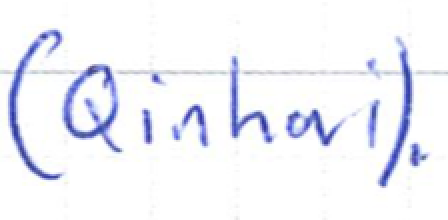
Text: (Qinhai).
Cross-out: clean
Writing tool: ballpoint